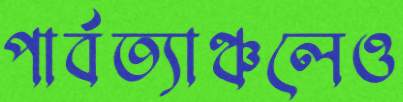
পার্বত্যাঞ্চলেও